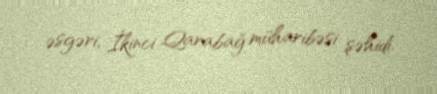
əsgəri, İkinci Qarabağ müharibəsi şəhidi.